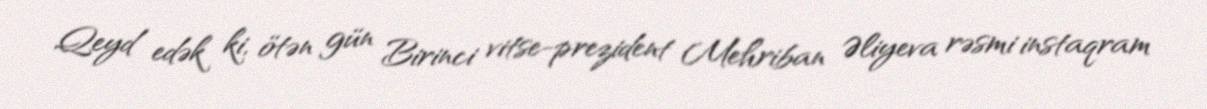
Qeyd edək ki, ötən gün Birinci vitse-prezident Mehriban Əliyeva rəsmi instaqram